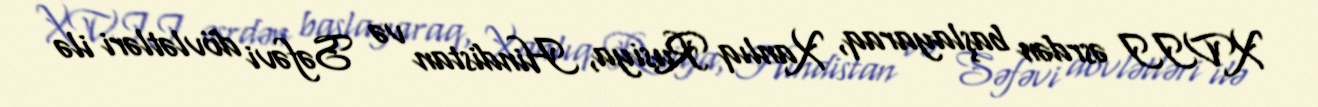
XVII əsrdən başlayaraq, Xanlıq Rusiya, Hindistan və Səfəvi dövlətləri ilə